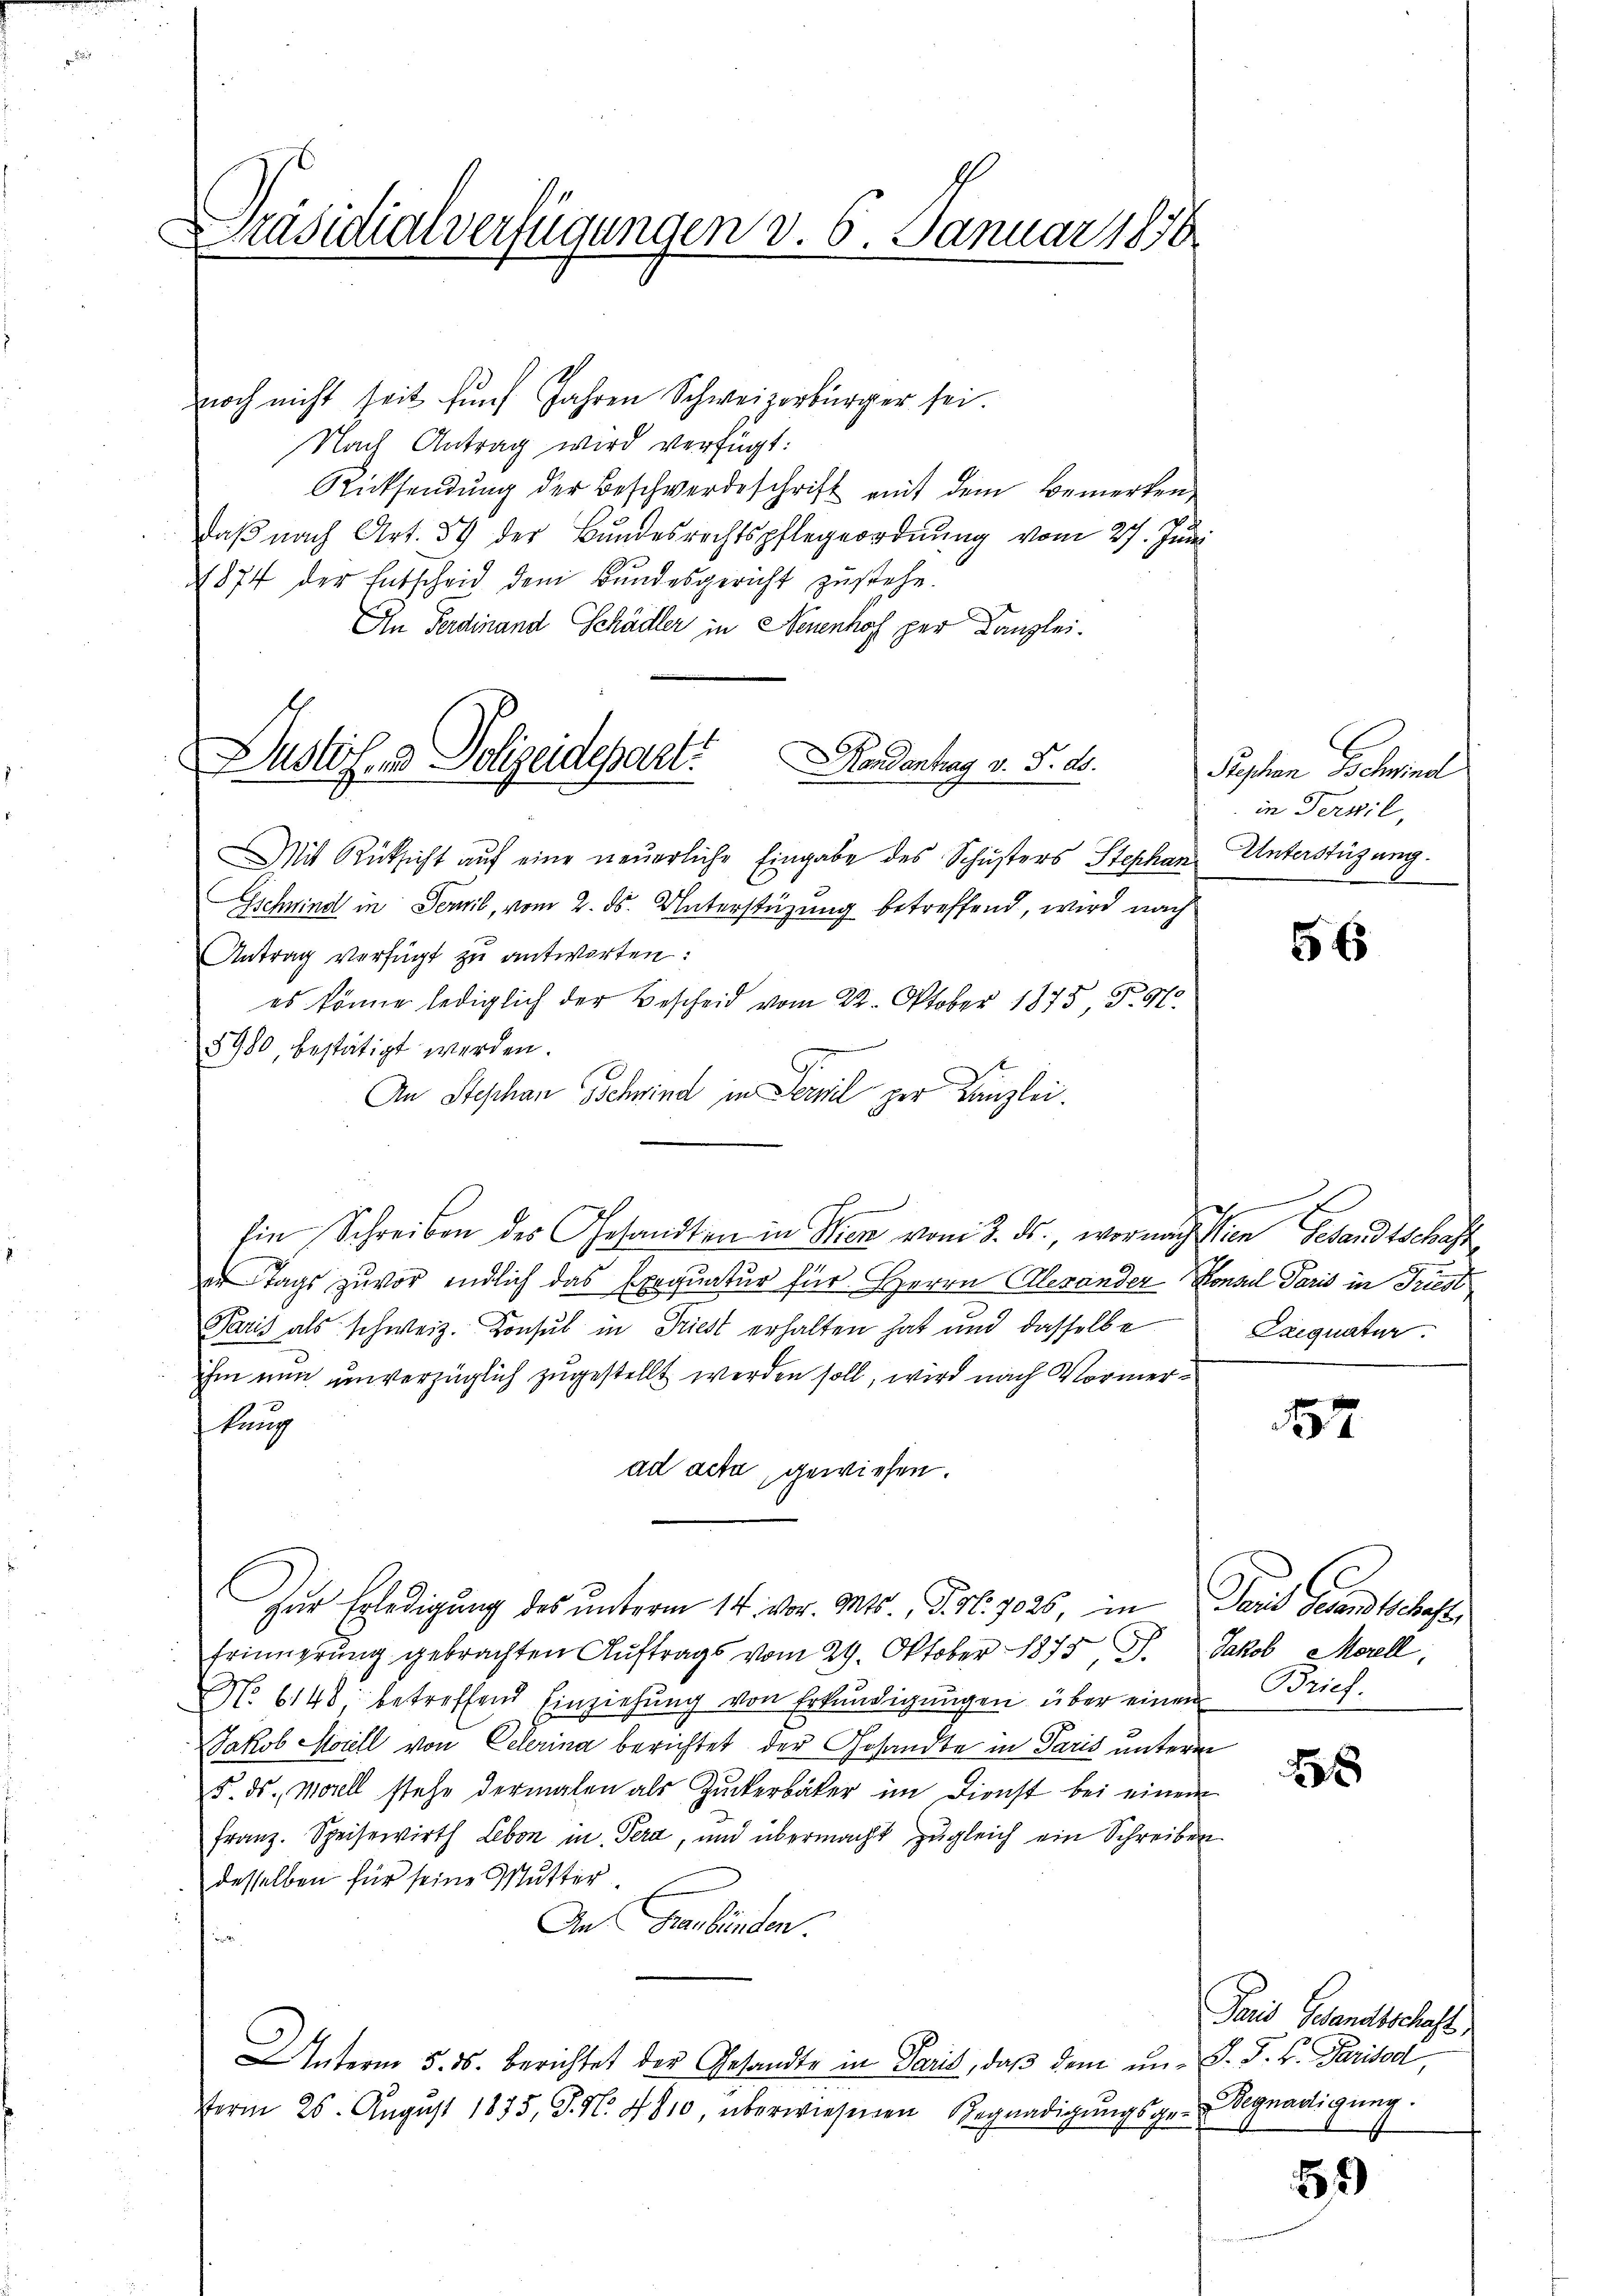
Präsidialverfügungen v. 6. Januar 1856

noch nicht seit fünf Jahren Schweizerbürger sei.
Nach Antrag wird verfügt:
Rücksendung der Beschwerdeschrift mit dem Bemerken
daβ nach Art. 59 der Bundesrechtspflegeordnung vom 27. Juni
1874 der Entscheid dem Bŭndesgericht zŭstehe.
An Ferdinand Schädler in Neuenhof per Kanzlei.
Mit Rüksicht auf eine neuerliche Eingabe des Schusters Stephan Unterstüzung.
d
Gschwind in Fermil, vom 2. ds. Unterstüzung betreffend, wird nach
Antrag verfügt zu antworten:
es könne lediglich der Bescheid vom 22. Oktober 1875 S. 97
8980, bestätigt werden.
An Stephan Schwind in Fernel per Kanzlei.
Ein Schreiben des Gesandten in Wien vom 3. ds., wornach sien Gesandtschaft
en Tags zuvor endlich das Exequatur für Herrn Alexander Konael Paris in Triest
Paris als schweiz. Konsul in Triest erhalten hat und dasselbe
ihm nun unverzüglich zugestellt werden soll, wird nach Vormerkung
ad acta gewiesen.
Zur Erledigung des unterm 14. vor. Mts., Fr. 1026, in Paul Gesandtschaft
frinnerung gebrachten Auftrags vom 29. Oktober 1873 J. Jakob Morell,
No. 6148, betreffend Einziehŭng von Erkŭndigŭngen über einen Brief.
Jakob Morell von Celerina berichtet der Gesandte in Paris unterm
5. ds. Morell stehe dermalen als Zuckerbäcker im Dienst bei einem
Franz. Speisewirth Leben in Tera, und übermacht zugleich ein Schreiben
desselben für seine Mutter.
An Graubünden.
in
Unterm 5. ds. berichtet der Gesandte in Paris, daβ dem un- J. J. B. Parisod,
term 25. Aŭgŭst 1875, G. S. 4810, überwiesenen Begnadigŭngsgesegnadigung.

Dushof, u. Polizeidepart.
ondantrag v. J. ds.

Pgchen Schwindl
in Terpil,

56

E
Exequatur.

157

2

Paris Gesandtschaft,

52)